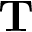
\mathbf { T }